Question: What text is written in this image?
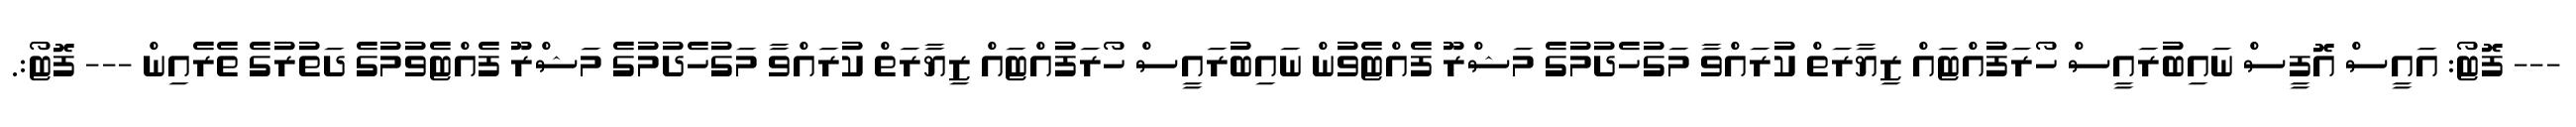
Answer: --- ފޮޓޯ: އައީސް އޮފީސް ނައިބުރައީސް ހޯރަފުއްޓައް ޒިޔާރަތް ކުރައްވާ މަގުހެދުމުގެ މަޝްރޫ ފެއްޓެވުން ނައިބުރައީސް ހޯރަފުއްޓައް ޒިޔާރަތް ކުރައްވާ މަގުހެދުމުގެ މަޝްރޫ ފެއްޓެވުމުގެ ދަތުރުގެ ތެރެއިން --- ފޮޓޯ:.